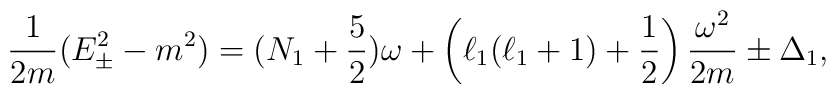
{1\over 2 m} (E^2_{\pm} - m^2) =(N_1+{5\over 2})\omega+ \left( \ell_1(\ell_1 +  1) + {1\over 2} \right) {\omega^2\over 2m} \pm\Delta_1 ,